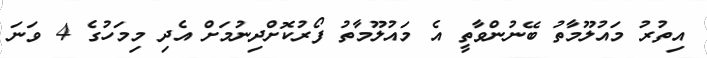
އިތުރު މައުލޫމާތު ބޭނުންވާތީ އެ މައުލޫމާތު ފޯރުކޮށްދިނުމަށް އެދި މިމަހުގެ 4 ވަނަ